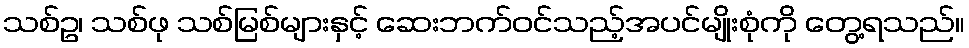
သစ်ဥ၊ သစ်ဖု သစ်မြစ်များနှင့် ဆေးဘက်ဝင်သည့်အပင်မျိုးစုံကို တွေ့ရသည်။